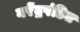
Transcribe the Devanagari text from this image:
नरेंद्रपंडित